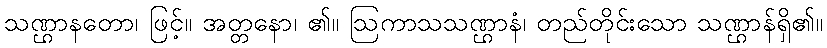
သဏ္ဌာနတော၊ ဖြင့်။ အတ္တနော၊ ၏။ ဩကာသသဏ္ဌာနံ၊ တည်တိုင်းသော သဏ္ဌာန်ရှိ၏။